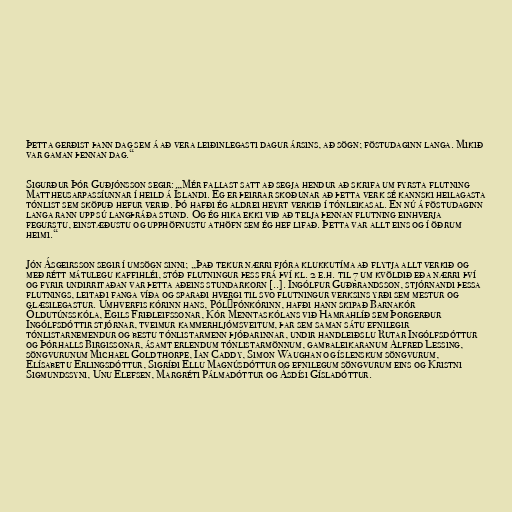
Þetta gerðist þann dag sem á að vera leiðinlegasti dagur ársins, að sögn; föstudaginn langa. Mikið
var gaman þennan dag.“

Sigurður Þór Guðjónsson segir: „Mér fallast satt að segja hendur að skrifa um fyrsta flutning
Mattheusarpassíunnar í heild á Íslandi. Ég er þeirrar skoðunar að þetta verk sé kannski heilagasta
tónlist sem sköpuð hefur verið. Þó hafði ég aldrei heyrt verkið í tónleikasal. En nú á föstudaginn
langa rann upp sú langþráða stund. Og ég hika ekki við að telja þennan flutning einhverja
fegurstu, einstæðustu og upphöfnustu athöfn sem ég hef lifað. Þetta var allt eins og í öðrum
heimi.“

Jón Ásgeirsson segir í umsögn sinni; „Það tekur nærri fjóra klukkutíma að flytja allt verkið og
með rétt mátulegu kaffihléi, stóð flutningur þess frá því kl. 2 e.h. til 7 um kvöldið eða nærri því
og fyrir undirritaðan var þetta aðeins stundarkorn [..]. Ingólfur Guðbrandsson, stjórnandi þessa
flutnings, leitaði fanga víða og sparaði hvergi til svo flutningur verksins yrði sem mestur og
glæsilegastur. Umhverfis kórinn hans, Pólýfónkórinn, hafði hann skipað Barnakór
Öldutúnsskóla, Egils Friðleifssonar, Kór Menntaskólans við Hamrahlíð sem Þorgerður
Ingólfsdóttir stjórnar, tveimur kammerhljómsveitum, þar sem saman sátu efnilegir
tónlistarnemendur og bestu tónlistarmenn þjóðarinnar, undir handleiðslu Rutar Ingólfsdóttur
og Þórhalls Birgissonar, ásamt erlendum tónlistarmönnum, gambaleikaranum Alfred Lessing,
söngvurunum Michael Goldthorpe, Ian Caddy, Simon Waughan og íslenskum söngvurum,
Elísabetu Erlingsdóttur, Sigríði Ellu Magnúsdóttur og efnilegum söngvurum eins og Kristni
Sigmundssyni, Unu Elefsen, Margréti Pálmadóttur og Ásdísi Gísladóttur.